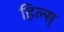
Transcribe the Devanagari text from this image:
हिल्स्